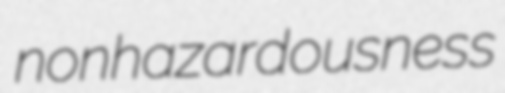
nonhazardousness